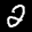
Label: 2